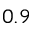
0 . 9